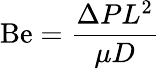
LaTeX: \mathrm{Be}={\frac{\Delta PL^{2}}{\mu D}}